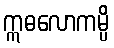
ဣဓလောကမ္ပိ